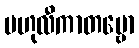
ဗဟုလီကာတဗ္ဗော